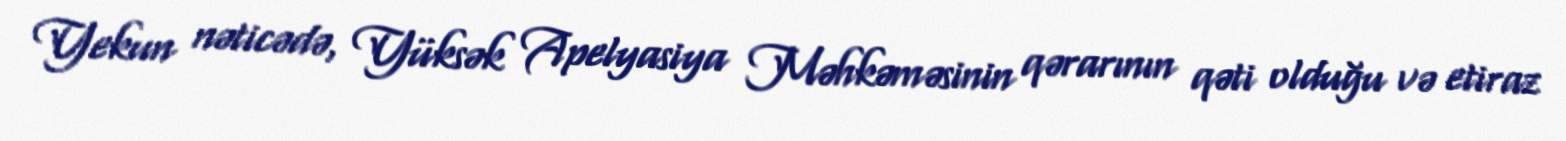
Yekun nəticədə, Yüksək Apelyasiya Məhkəməsinin qərarının qəti olduğu və etiraz